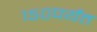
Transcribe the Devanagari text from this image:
१५०पर्यंत